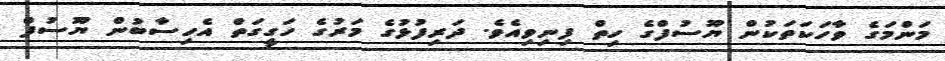
މަންމަގެ ވާހަކަތަކުން ޔޫސުފްގެ ހިތް ފިނިވިއެވެ. ދަރިފުޅުގެ މަރުގެ ހަގީގަތް އެހިސާބުން ޔޫސުފް